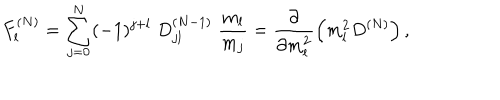
F _ { l } ^ { ( N ) } = \sum _ { j = 0 } ^ { N } ( - 1 ) ^ { j + l } \; D _ { j l } ^ { ( N - 1 ) } \; \frac { m _ { l } } { m _ { j } } = \frac { \partial } { \partial m _ { l } ^ { 2 } } \left( m _ { l } ^ { 2 } D ^ { ( N ) } \right) ,